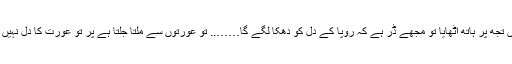
اگر میں تجھ پر ہاتھ اٹھایا تو مجھے ڈر ہے کہ رُوپا کے دل کو دھکا لگے گا…….. تو عورتوں سے ملتا جلتا ہے پر تو عورت کا دل نہیں رکھتا۔